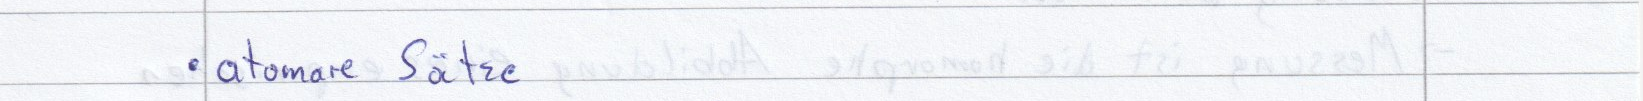
atomare Sätze